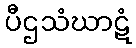
ပီဌသံဃာဋံ